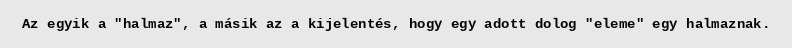
Az egyik a "halmaz", a másik az a kijelentés, hogy egy adott dolog "eleme" egy halmaznak.